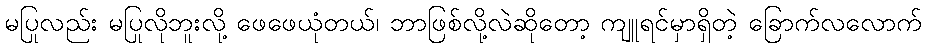
မပြုလည်း မပြုလိုဘူးလို့ ဖေဖေယုံတယ်၊ ဘာဖြစ်လို့လဲဆိုတော့ ကျူရင်မှာရှိတဲ့ ခြောက်လလောက်